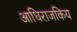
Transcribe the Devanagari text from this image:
आधिराजकिय